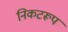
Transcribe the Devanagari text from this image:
निकटरूप